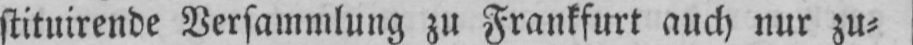
stituirende Versammlung zu Frankfurt auch nur zu⸗